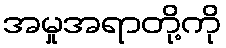
အမှုအရာတို့ကို